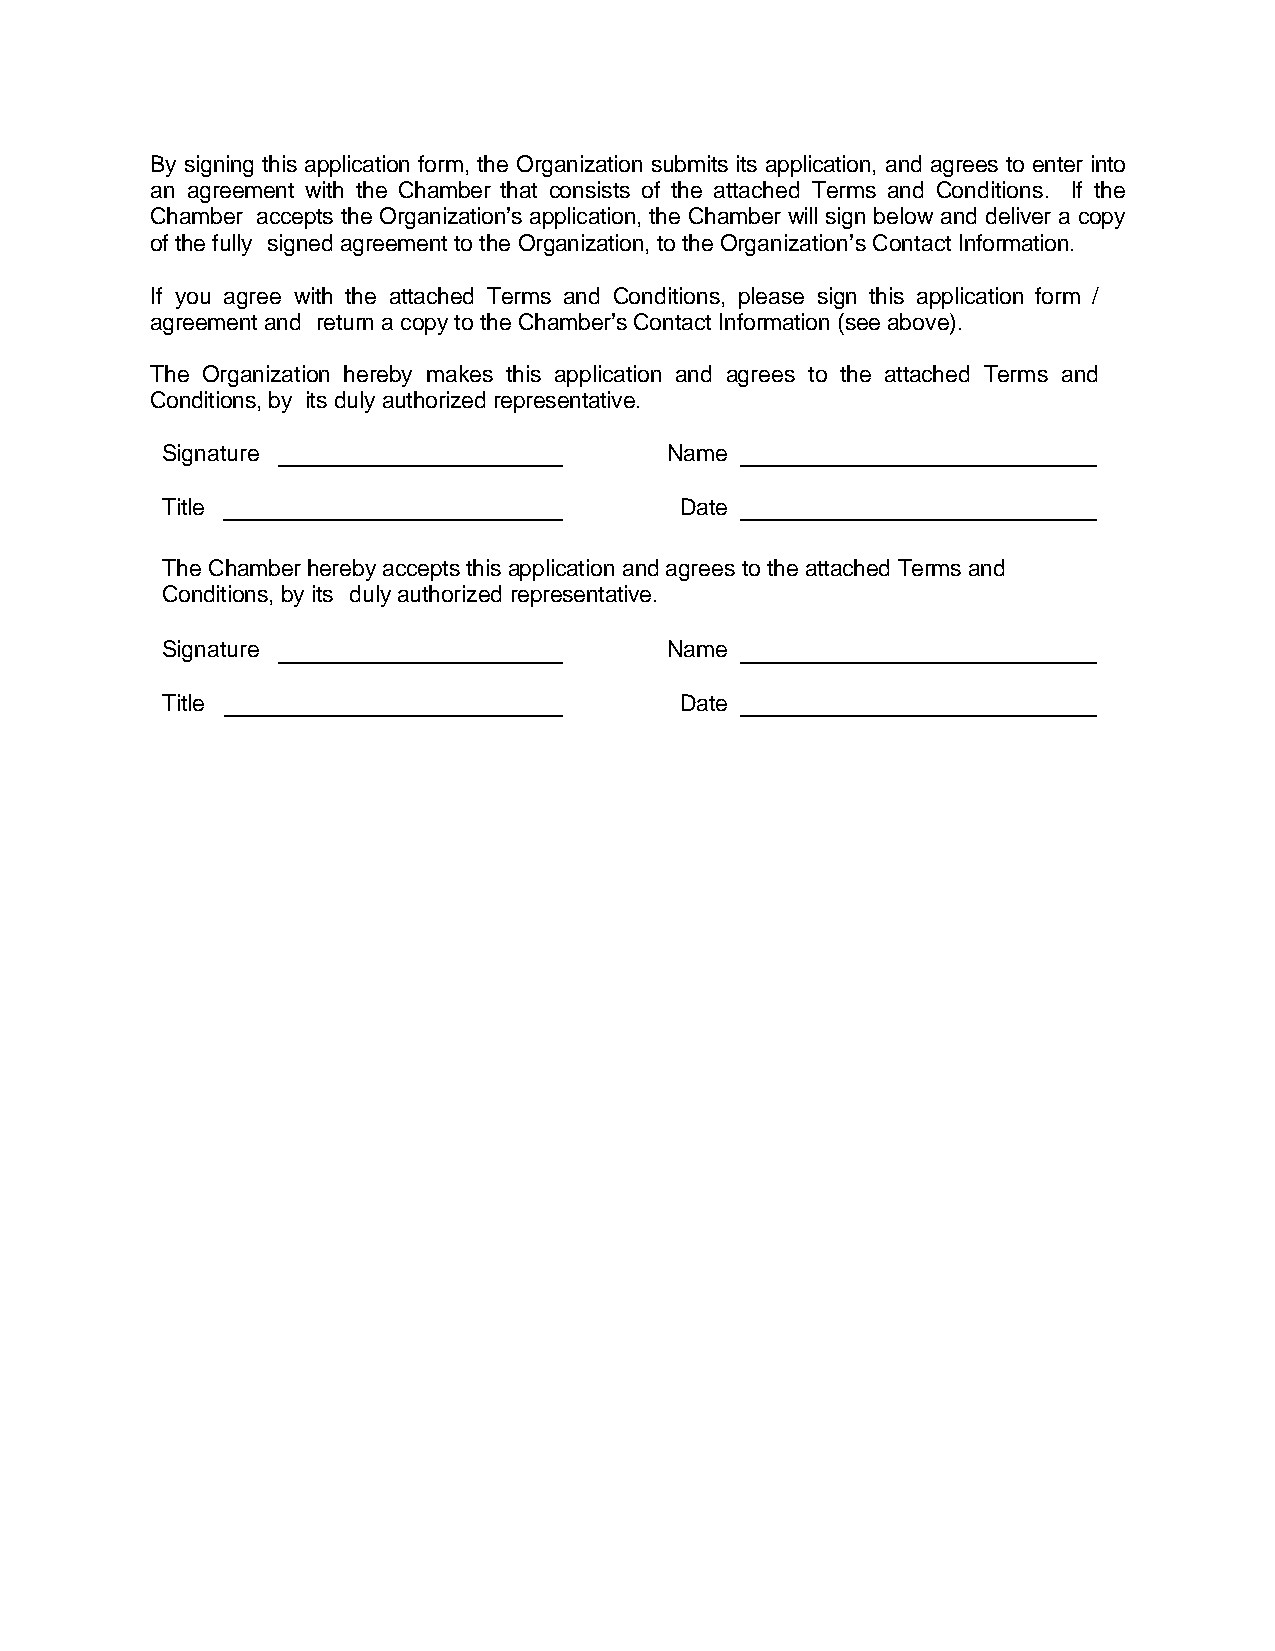
By signing this application form, the Organization submits its application, and agrees to enter into
 an agreement with the Chamber that consists of the attached Terms and Conditions. If the
 Chamber accepts the Organization’s application, the Chamber will sign below and deliver a copy
 of the fully signed agreement to the Organization, to the Organization’s Contact Information.
 If you agree with the attached Terms and Conditions, please sign this application form /
 agreement and return a copy to the Chamber’s Contact Information (see above).
 The Organization hereby makes this application and agrees to the attached Terms and
 Conditions, by its duly authorized representative.
 Signature                        Name
 Title                             Date
 The Chamber hereby accepts this application and agrees to the attached Terms and
 Conditions, by its duly authorized representative.
 Signature                        Name
 Title                             Date